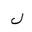
Letter: _lam